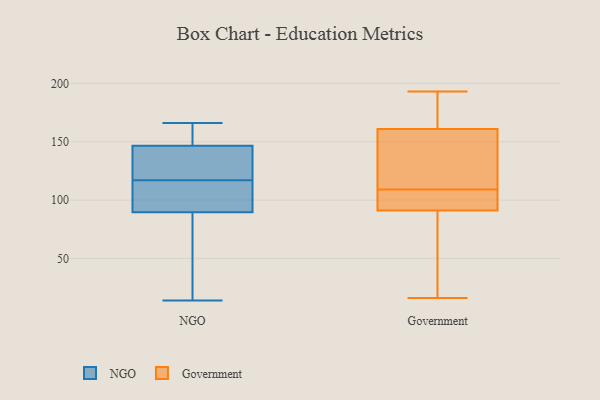
{"axis": {"x": "Gross Profit (USD K)", "y": "Value"}, "legend": ["Government", "NGO"], "data": [{"x": "", "y": 31, "type": "NGO"}, {"x": "", "y": 154, "type": "NGO"}, {"x": "", "y": 117, "type": "NGO"}, {"x": "", "y": 14, "type": "NGO"}, {"x": "", "y": 95, "type": "NGO"}, {"x": "", "y": 122, "type": "NGO"}, {"x": "", "y": 166, "type": "NGO"}, {"x": "", "y": 124, "type": "NGO"}, {"x": "", "y": 94, "type": "NGO"}, {"x": "", "y": 163, "type": "NGO"}, {"x": "", "y": 88, "type": "NGO"}, {"x": "", "y": 105, "type": "Government"}, {"x": "", "y": 16, "type": "Government"}, {"x": "", "y": 148, "type": "Government"}, {"x": "", "y": 42, "type": "Government"}, {"x": "", "y": 102, "type": "Government"}, {"x": "", "y": 161, "type": "Government"}, {"x": "", "y": 133, "type": "Government"}, {"x": "", "y": 65, "type": "Government"}, {"x": "", "y": 93, "type": "Government"}, {"x": "", "y": 113, "type": "Government"}, {"x": "", "y": 193, "type": "Government"}, {"x": "", "y": 164, "type": "Government"}, {"x": "", "y": 164, "type": "Government"}, {"x": "", "y": 91, "type": "Government"}]}